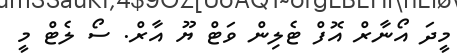
މީދަ އޯނާރް އޮފް ޓެލިން ވަޓް ޔޫ އާރް. ސޯ ލެޓް މީ